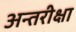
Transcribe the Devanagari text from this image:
अन्तरीक्षा